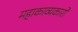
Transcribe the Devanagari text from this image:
महाकाव्यकारों